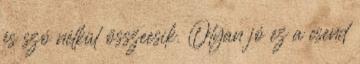
és szó nélkül összeesik. Olyan jó ez a csend